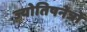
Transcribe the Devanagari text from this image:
ज्योतिषनेत्रों